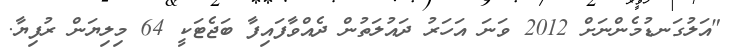
"އަލުގަނޑުމެންނަށް 2012 ވަނަ އަހަރު ދައުލަތުން ދެއްވާފައިފާ ބަޖެޓަކީ 64 މިލިޔަން ރުފިޔާ.